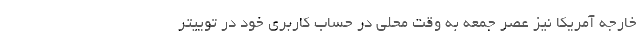
خارجه آمریکا نیز عصر جمعه به وقت محلی در حساب کاربری خود در توییتر